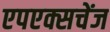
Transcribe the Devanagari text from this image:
एपएक्सचेंज